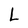
Character: L